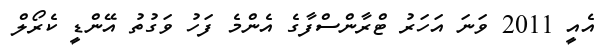
އެއީ 2011 ވަނަ އަހަރު ޓްރާންސްފާގެ އެންމެ ފަހު ވަގުތު އޭންޑީ ކެރޯލް